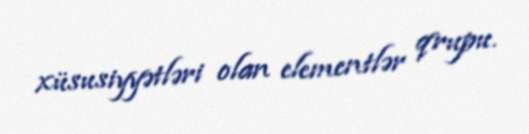
xüsusiyyətləri olan elementlər qrupu.